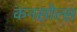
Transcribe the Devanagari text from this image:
कनसोल्स